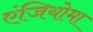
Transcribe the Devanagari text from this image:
एंजियोमा